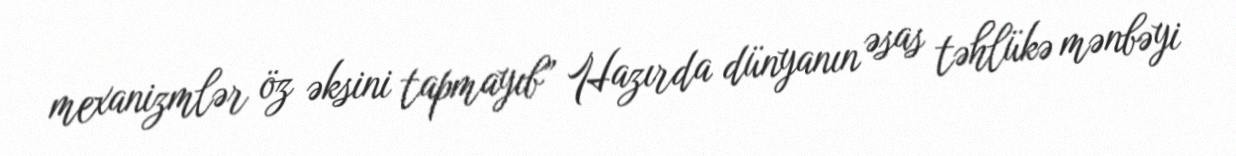
mexanizmlər öz əksini tapmayıb” Hazırda dünyanın əsas təhlükə mənbəyi